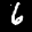
Label: 6